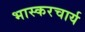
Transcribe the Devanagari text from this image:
भास्करचार्य